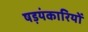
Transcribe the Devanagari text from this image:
षड़यंकारियों